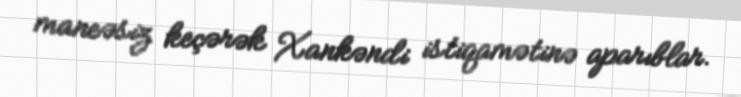
maneəsiz keçərək Xankəndi istiqamətinə aparıblar.